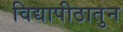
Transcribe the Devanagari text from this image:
विद्यापीठातुन